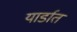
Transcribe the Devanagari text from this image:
यार्डात